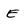
Character: E